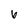
Character: 6